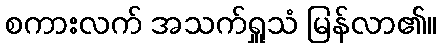
စကားလက် အသက်ရှူသံ မြန်လာ၏။